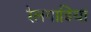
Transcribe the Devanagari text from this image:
रेलगाडिया